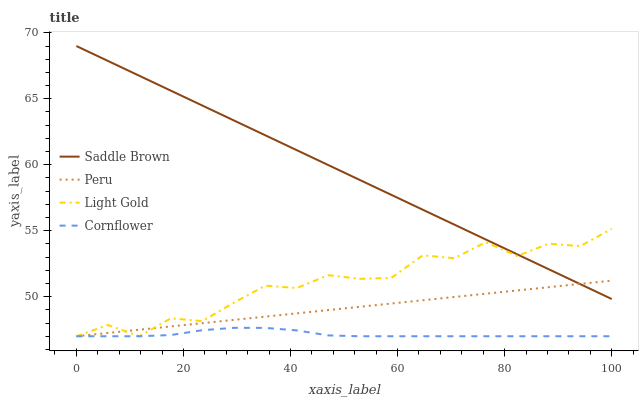
| xaxis_label | Saddle Brown | Peru | Light Gold | Cornflower |
 | --- | --- | --- | --- | --- |
 | 0 | 69 | 47 | 47 | 47 |
 | 5.88 | 67.9 | 47.2 | 47.9 | 47 |
 | 11.8 | 66.7 | 47.5 | 47 | 47 |
 | 17.6 | 65.6 | 47.7 | 48.4 | 47.1 |
 | 23.5 | 64.5 | 48 | 48.1 | 47.5 |
 | 29.4 | 63.4 | 48.2 | 49.5 | 47.6 |
 | 35.3 | 62.2 | 48.5 | 50.8 | 47.6 |
 | 41.2 | 61.1 | 48.7 | 50.7 | 47.4 |
 | 47.1 | 60 | 49 | 51.6 | 47.1 |
 | 52.9 | 58.8 | 49.2 | 51.4 | 47 |
 | 58.8 | 57.7 | 49.5 | 51.4 | 47 |
 | 64.7 | 56.6 | 49.7 | 53.1 | 47 |
 | 70.6 | 55.5 | 50 | 52.9 | 47 |
 | 76.5 | 54.3 | 50.2 | 54.1 | 47 |
 | 82.4 | 53.2 | 50.5 | 53.1 | 47 |
 | 88.2 | 52.1 | 50.7 | 54 | 47 |
 | 94.1 | 51 | 51 | 53.8 | 47 |
 | 100 | 49.8 | 51.2 | 55.1 | 47 |